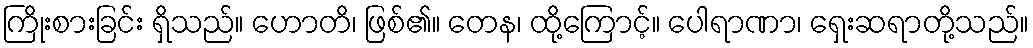
ကြိုးစားခြင်း ရှိသည်။ ဟောတိ၊ ဖြစ်၏။ တေန၊ ထို့ကြောင့်။ ပေါရာဏာ၊ ရှေးဆရာတို့သည်။